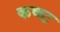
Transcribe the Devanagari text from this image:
कष्ष्ट